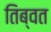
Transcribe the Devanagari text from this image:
तिब्वत